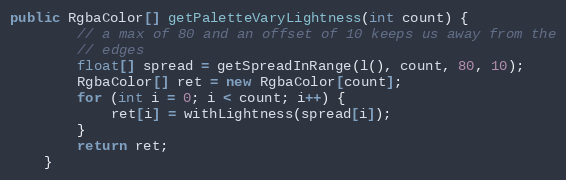
Language: Java
public RgbaColor[] getPaletteVaryLightness(int count) {
        // a max of 80 and an offset of 10 keeps us away from the
        // edges
        float[] spread = getSpreadInRange(l(), count, 80, 10);
        RgbaColor[] ret = new RgbaColor[count];
        for (int i = 0; i < count; i++) {
            ret[i] = withLightness(spread[i]);
        }
        return ret;
    }